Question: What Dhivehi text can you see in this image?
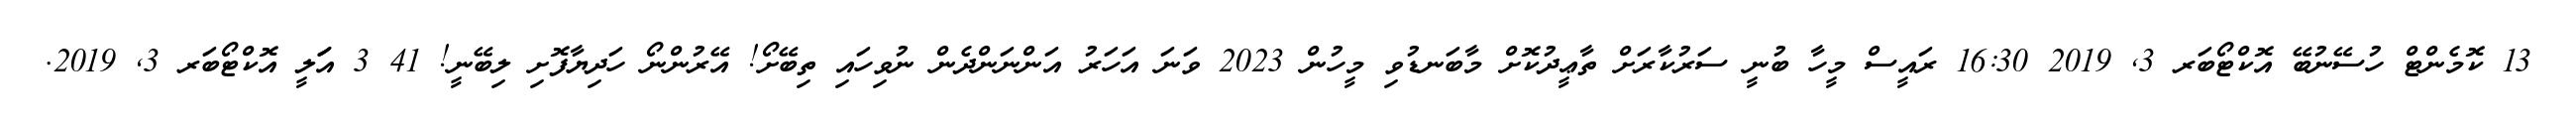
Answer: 13 ކޮމެންޓް ހުސޭނުބޭ އޮކްޓޯބަރ 3, 2019 16:30 ރައީސް މީހާ ބުނީ ސަރުކާރަށް ތާޢީދުކޮށް މާބަނޑުވި މީހުން 2023 ވަނަ އަހަރު އަންނަންދެން ނުވިހައި ތިބޭށޯ! އޭރުންނޯ ހަދިޔާފޮށި ލިބޭނީ! 41 3 އަަލީ އޮކްޓޯބަރ 3, 2019.